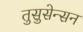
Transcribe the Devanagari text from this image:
तुसुसेन्सन